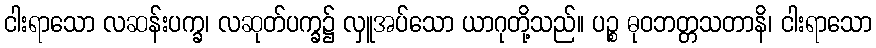
ငါးရာသော လဆန်းပက္ခ၊ လဆုတ်ပက္ခ၌ လှူအပ်သော ယာဂုတို့သည်။ ပဉ္စ ဓုဝဘတ္တသတာနိ၊ ငါးရာသော